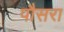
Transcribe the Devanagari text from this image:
पौसरा